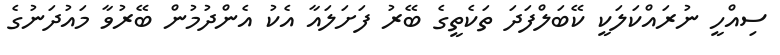
ސިއްހީ ނުރައްކަލަކީ ކޭބަލްފަދަ ތަކެތީގެ ބޭރު ފަށަލައާ އެކު އެންދުމުން ބޭރުވާ މައުދަނުގެ